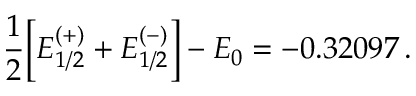
\frac { 1 } { 2 } \Big [ { \cal E } _ { 1 / 2 } ^ { ( + ) } + { \cal E } _ { 1 / 2 } ^ { ( - ) } \Big ] - { E } _ { 0 } = - 0 . 3 2 0 9 7 \, .